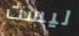
ليست